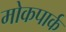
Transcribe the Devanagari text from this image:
मोकपार्क